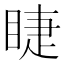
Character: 睫